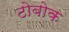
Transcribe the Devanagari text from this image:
टोबोक